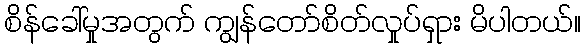
စိန်ခေါ်မှုအတွက် ကျွန်တော်စိတ်လှုပ်ရှား မိပါတယ်။